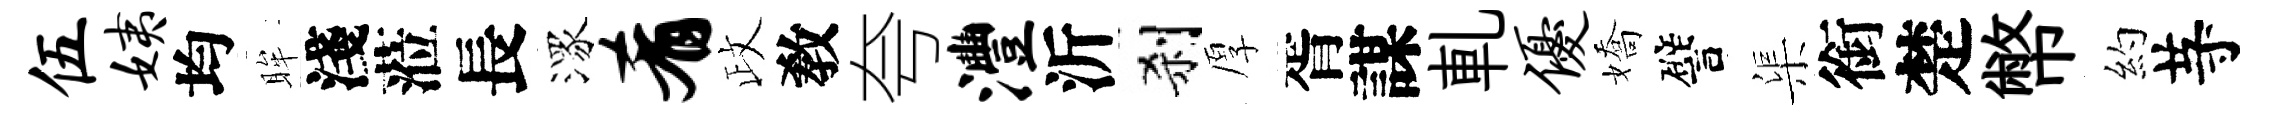
伍姨均眸淺蒞長潈肴政敎夸澧沂刹厚胥謀軋优嬌譬渠銜楚幣約䒭